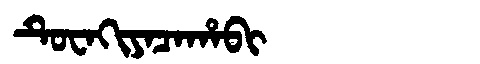
Manchu: ᡨᡠᠸᠠᡴᡳᠶᠠᠴᠠᡥᠠᠪᡳ
Romanization: TUWAKIYACAHABI